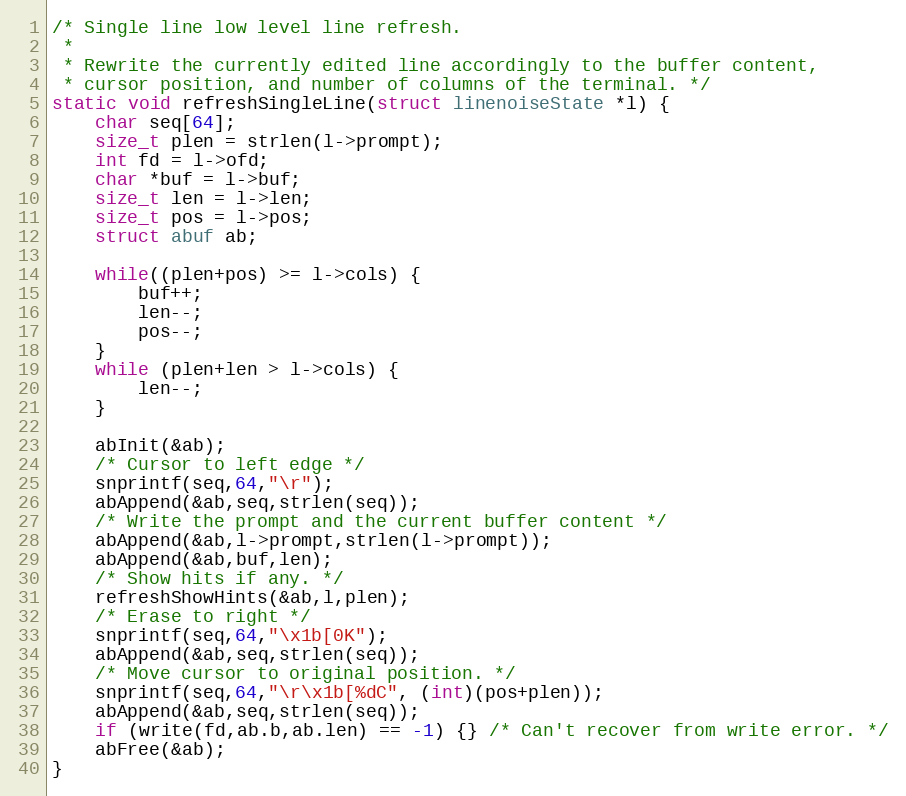
Language: C
/* Single line low level line refresh.
 *
 * Rewrite the currently edited line accordingly to the buffer content,
 * cursor position, and number of columns of the terminal. */
static void refreshSingleLine(struct linenoiseState *l) {
    char seq[64];
    size_t plen = strlen(l->prompt);
    int fd = l->ofd;
    char *buf = l->buf;
    size_t len = l->len;
    size_t pos = l->pos;
    struct abuf ab;

    while((plen+pos) >= l->cols) {
        buf++;
        len--;
        pos--;
    }
    while (plen+len > l->cols) {
        len--;
    }

    abInit(&ab);
    /* Cursor to left edge */
    snprintf(seq,64,"\r");
    abAppend(&ab,seq,strlen(seq));
    /* Write the prompt and the current buffer content */
    abAppend(&ab,l->prompt,strlen(l->prompt));
    abAppend(&ab,buf,len);
    /* Show hits if any. */
    refreshShowHints(&ab,l,plen);
    /* Erase to right */
    snprintf(seq,64,"\x1b[0K");
    abAppend(&ab,seq,strlen(seq));
    /* Move cursor to original position. */
    snprintf(seq,64,"\r\x1b[%dC", (int)(pos+plen));
    abAppend(&ab,seq,strlen(seq));
    if (write(fd,ab.b,ab.len) == -1) {} /* Can't recover from write error. */
    abFree(&ab);
}